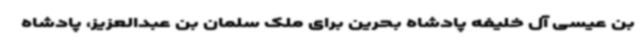
بن عیسی آل خلیفه پادشاه بحرین برای ملک سلمان بن عبدالعزیز، پادشاه